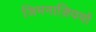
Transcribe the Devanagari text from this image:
जिमनाज़ियमों